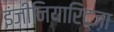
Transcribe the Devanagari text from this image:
इंजीनियारिट्ज़ा